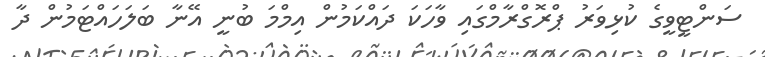
ސަންޓީވީގެ ކުޅިވަރު ޕްރޮގްރާމްގައި ވާހަކަ ދައްކަމުން އިމްމަ ބުނީ އޭނާ ބަލަހައްޓަމުން ދާ